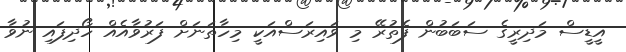
އީޑީސް މަދިރީގެ ސަބަބުން ފެތުރޭ މި ވައިރަސްއަކީ މިހާތަނަށް ފަރުވާއެއް ހޯދިފައި ނުވާ